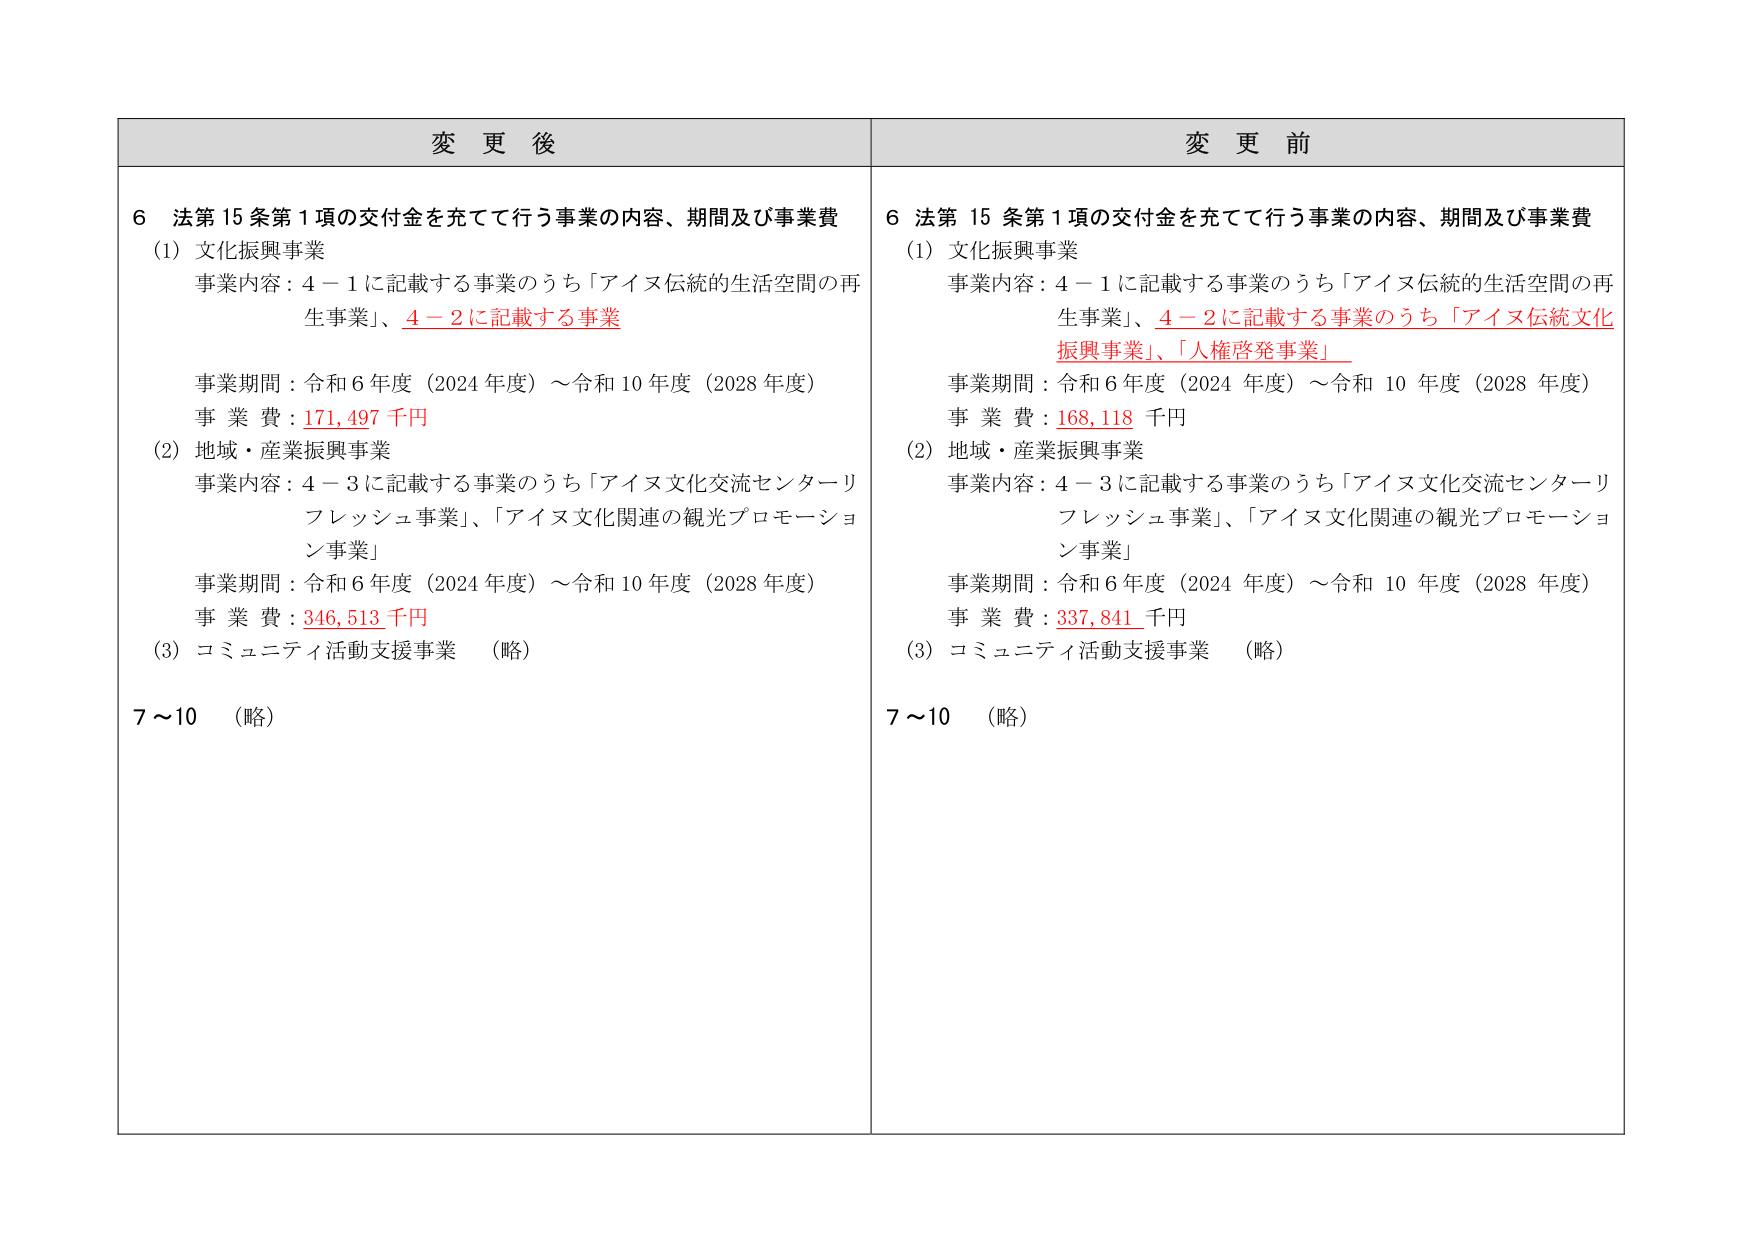
変 更 後
6 法第15条第1項の交付金を充てて行う事業の内容、期間及び事業費
(1) 文化振興事業
事業内容：4－1に記載する事業のうち「アイヌ伝統的生活空間の再生事業」、4－2に記載する事業
事業期間：令和6年度（2024年度）～令和10年度（2028年度）
事業費：171,497千円
(2) 地域・産業振興事業
事業内容：4－3に記載する事業のうち「アイヌ文化交流センターリフレッシュ事業」、「アイヌ文化関連の観光プロモーション事業」
事業期間：令和6年度（2024年度）～令和10年度（2028年度）
事業費：346,513千円
(3) コミュニティ活動支援事業 （略）
7～10 （略）

変 更 前
6 法第15条第1項の交付金を充てて行う事業の内容、期間及び事業費
(1) 文化振興事業
事業内容：4－1に記載する事業のうち「アイヌ伝統的生活空間の再生事業」、4－2に記載する事業のうち「アイヌ伝統文化振興事業」、「人権啓発事業」
事業期間：令和6年度（2024年度）～令和10年度（2028年度）
事業費：168,118千円
(2) 地域・産業振興事業
事業内容：4－3に記載する事業のうち「アイヌ文化交流センターリフレッシュ事業」、「アイヌ文化関連の観光プロモーション事業」
事業期間：令和6年度（2024年度）～令和10年度（2028年度）
事業費：337,841千円
(3) コミュニティ活動支援事業 （略）
7～10 （略）